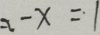
- x = 1